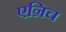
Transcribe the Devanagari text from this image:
एन्रिच